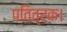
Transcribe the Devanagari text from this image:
पवित्रक।